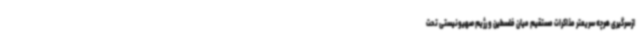
ازسرگیری هرچه سریعتر مذاکرات مستقیم میان فلسطین و رژیم صهیونیستی تحت